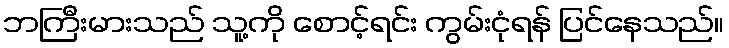
ဘကြီးမားသည် သူ့ကို စောင့်ရင်း ကွမ်းငုံရန် ပြင်နေသည်။